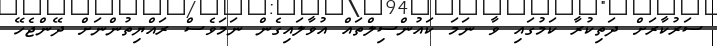
ސަރުކާރަށް ދަތިކުރާ ކަމުގައި ވާ ނަމަ ކައުންސިލްތައް އުވާލައިގެން ނަމަވެސް ރައްޔިތުންނަށް ދޭންޖެހޭ